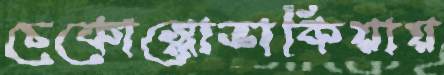
চেকোস্লোভাকিয়ায়